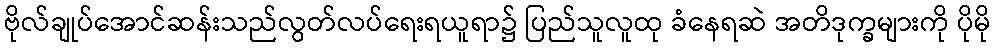
ဗိုလ်ချုပ်အောင်ဆန်းသည်လွတ်လပ်ရေးရယူရာ၌ ပြည်သူလူထု ခံနေရဆဲ အတိဒုက္ခများကို ပိုမို